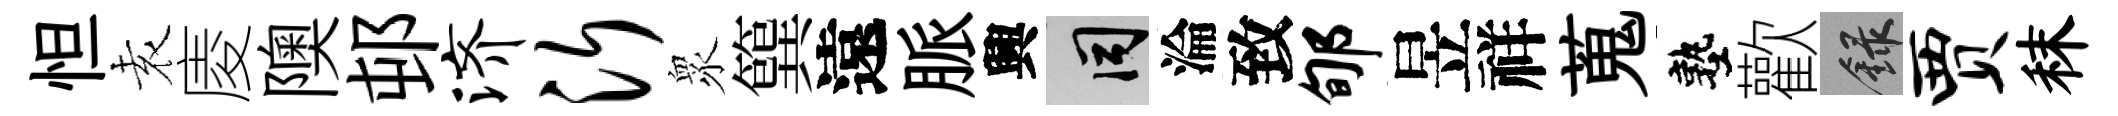
怛𡊮庱隩邨济沂衆簨遠脈興间淪致郇昱祥蒐塾歡録贾秣